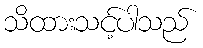
သိထားသင့်ပါသည်